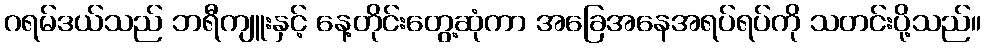
ဂရမ်ဒယ်သည် ဘရီကျူးနှင့် နေ့တိုင်းတွေ့ဆုံကာ အခြေအနေအရပ်ရပ်ကို သတင်းပို့သည်။